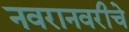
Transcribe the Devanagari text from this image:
नवरानवरीचे